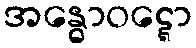
အန္ဓောဝဋ္ဋော